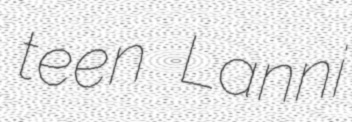
teen Lanni